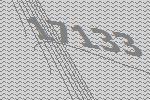
17133